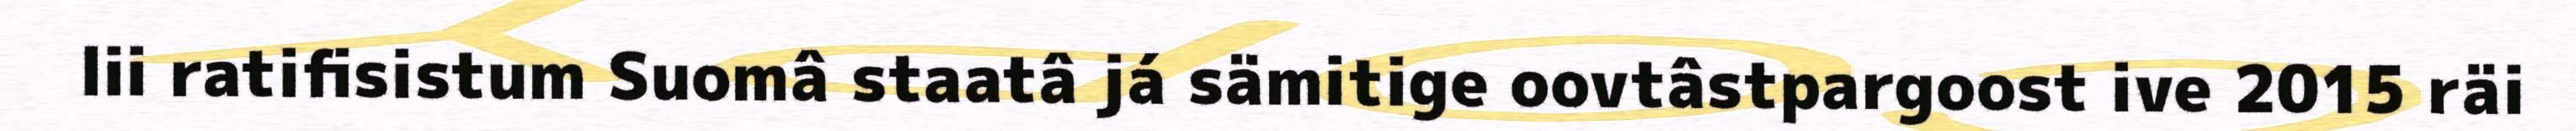
lii ratifisistum Suomâ staatâ já sämitige oovtâstpargoost ive 2015 räi